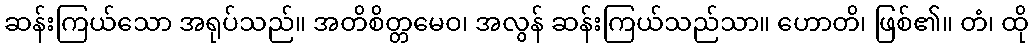
ဆန်းကြယ်သော အရုပ်သည်။ အတိစိတ္တမေဝ၊ အလွန် ဆန်းကြယ်သည်သာ။ ဟောတိ၊ ဖြစ်၏။ တံ၊ ထို